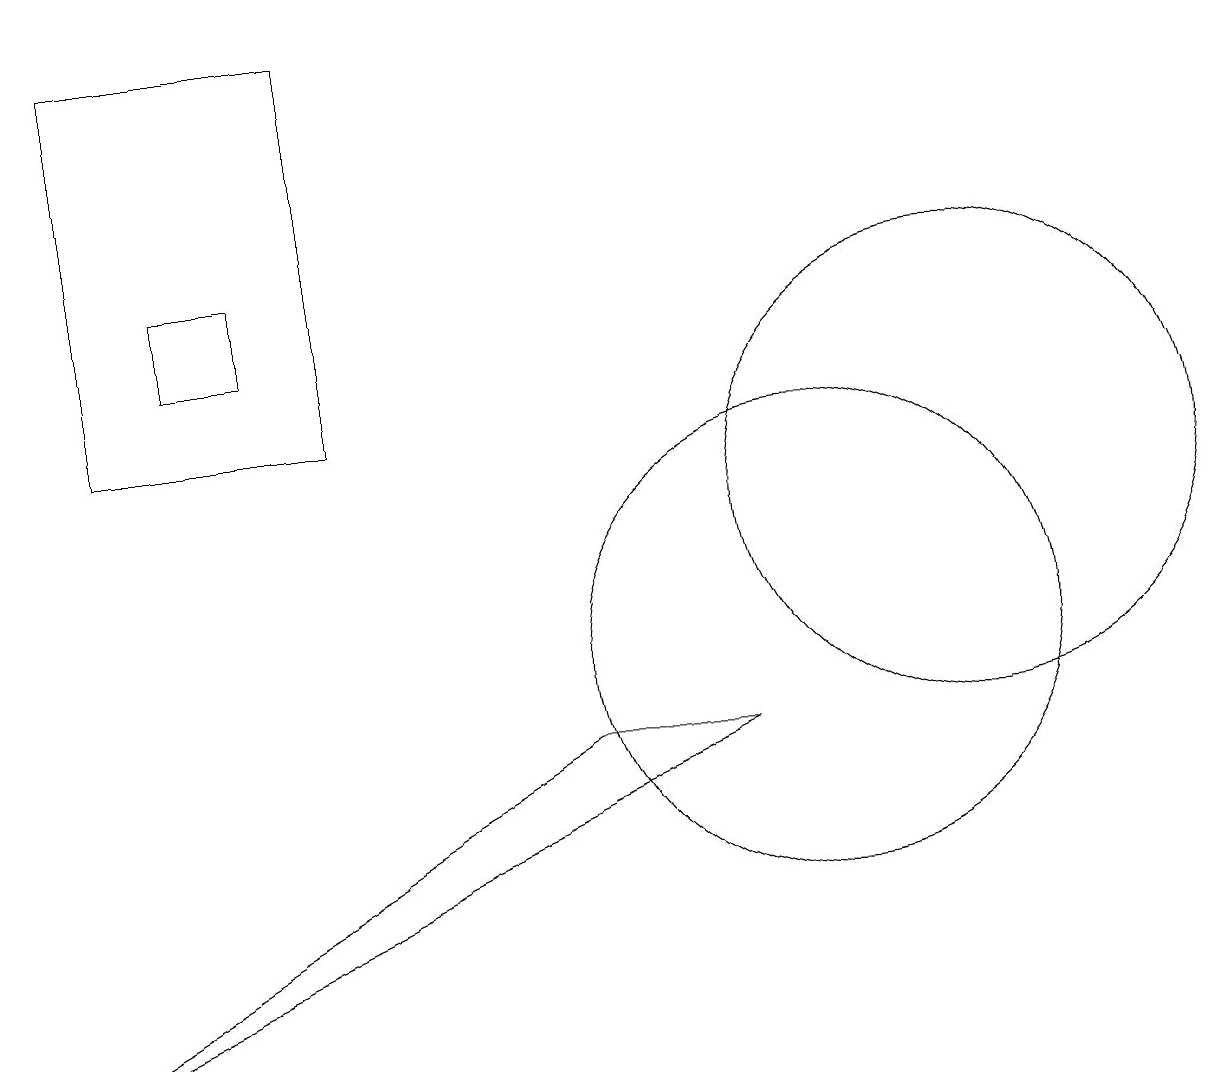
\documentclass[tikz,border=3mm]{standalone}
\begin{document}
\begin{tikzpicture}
\draw (12,12) circle (3);
\draw (4,13) rectangle (1,18);
\draw (3,15) rectangle (2,14);
\draw (0,5) -- (7,9) -- (9,9) -- cycle;
\draw (10,10) circle (3);
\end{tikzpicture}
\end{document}